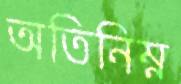
অতিনিম্ন